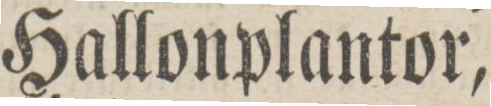
Hallonplantor,